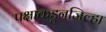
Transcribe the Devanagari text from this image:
पक्षाकडूनजिल्हा